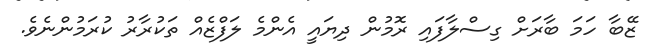
ޒޭބާ ހަމަ ބާރަށް ގިސްލާފައި ރޮމުން ދިޔައީ އެންމެ ލަފްޒެއް ތަކުރާރު ކުރަމުންނެވެ.